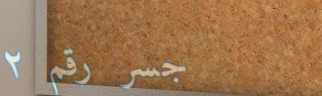
جسر رقم ٢